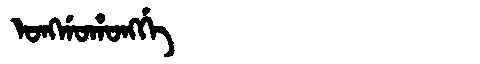
Manchu: ᠣᠩᡤᠣᡥᠣᠩᡤᡝ
Romanization: ONGGOHONGGE